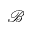
\mathcal { B }